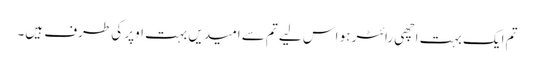
تم ایک بہت اچھی رائٹر ہو اس لیے تم سے امیدیں بہت اوپر کی طرف ہیں۔